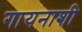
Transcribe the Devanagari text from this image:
गायनाशी